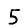
Digit: 5